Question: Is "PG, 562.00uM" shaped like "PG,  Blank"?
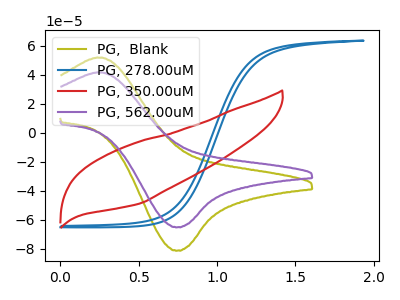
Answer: <think>The olive curve "PG,  Blank" has an anodic peak at (0.25V, 51.65uA) and a cathodic peak at (0.75V, -81.25uA). The blue curve "PG, 278.00uM" has no peaks. The red curve "PG, 350.00uM" has no peaks. The purple curve "PG, 562.00uM" has an anodic peak at (0.25V, 41.40uA) and a cathodic peak at (0.75V, -65.15uA).
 All the peaks in "PG, 562.00uM" have a peak in "PG,  Blank" at the same potential. Every peak in "PG, 562.00uM" is lower than every peak in "PG,  Blank".</think>
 <answer>"PG, 562.00uM" and "PG,  Blank" are similar in shape.</answer>
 <eval>same_shape</eval>